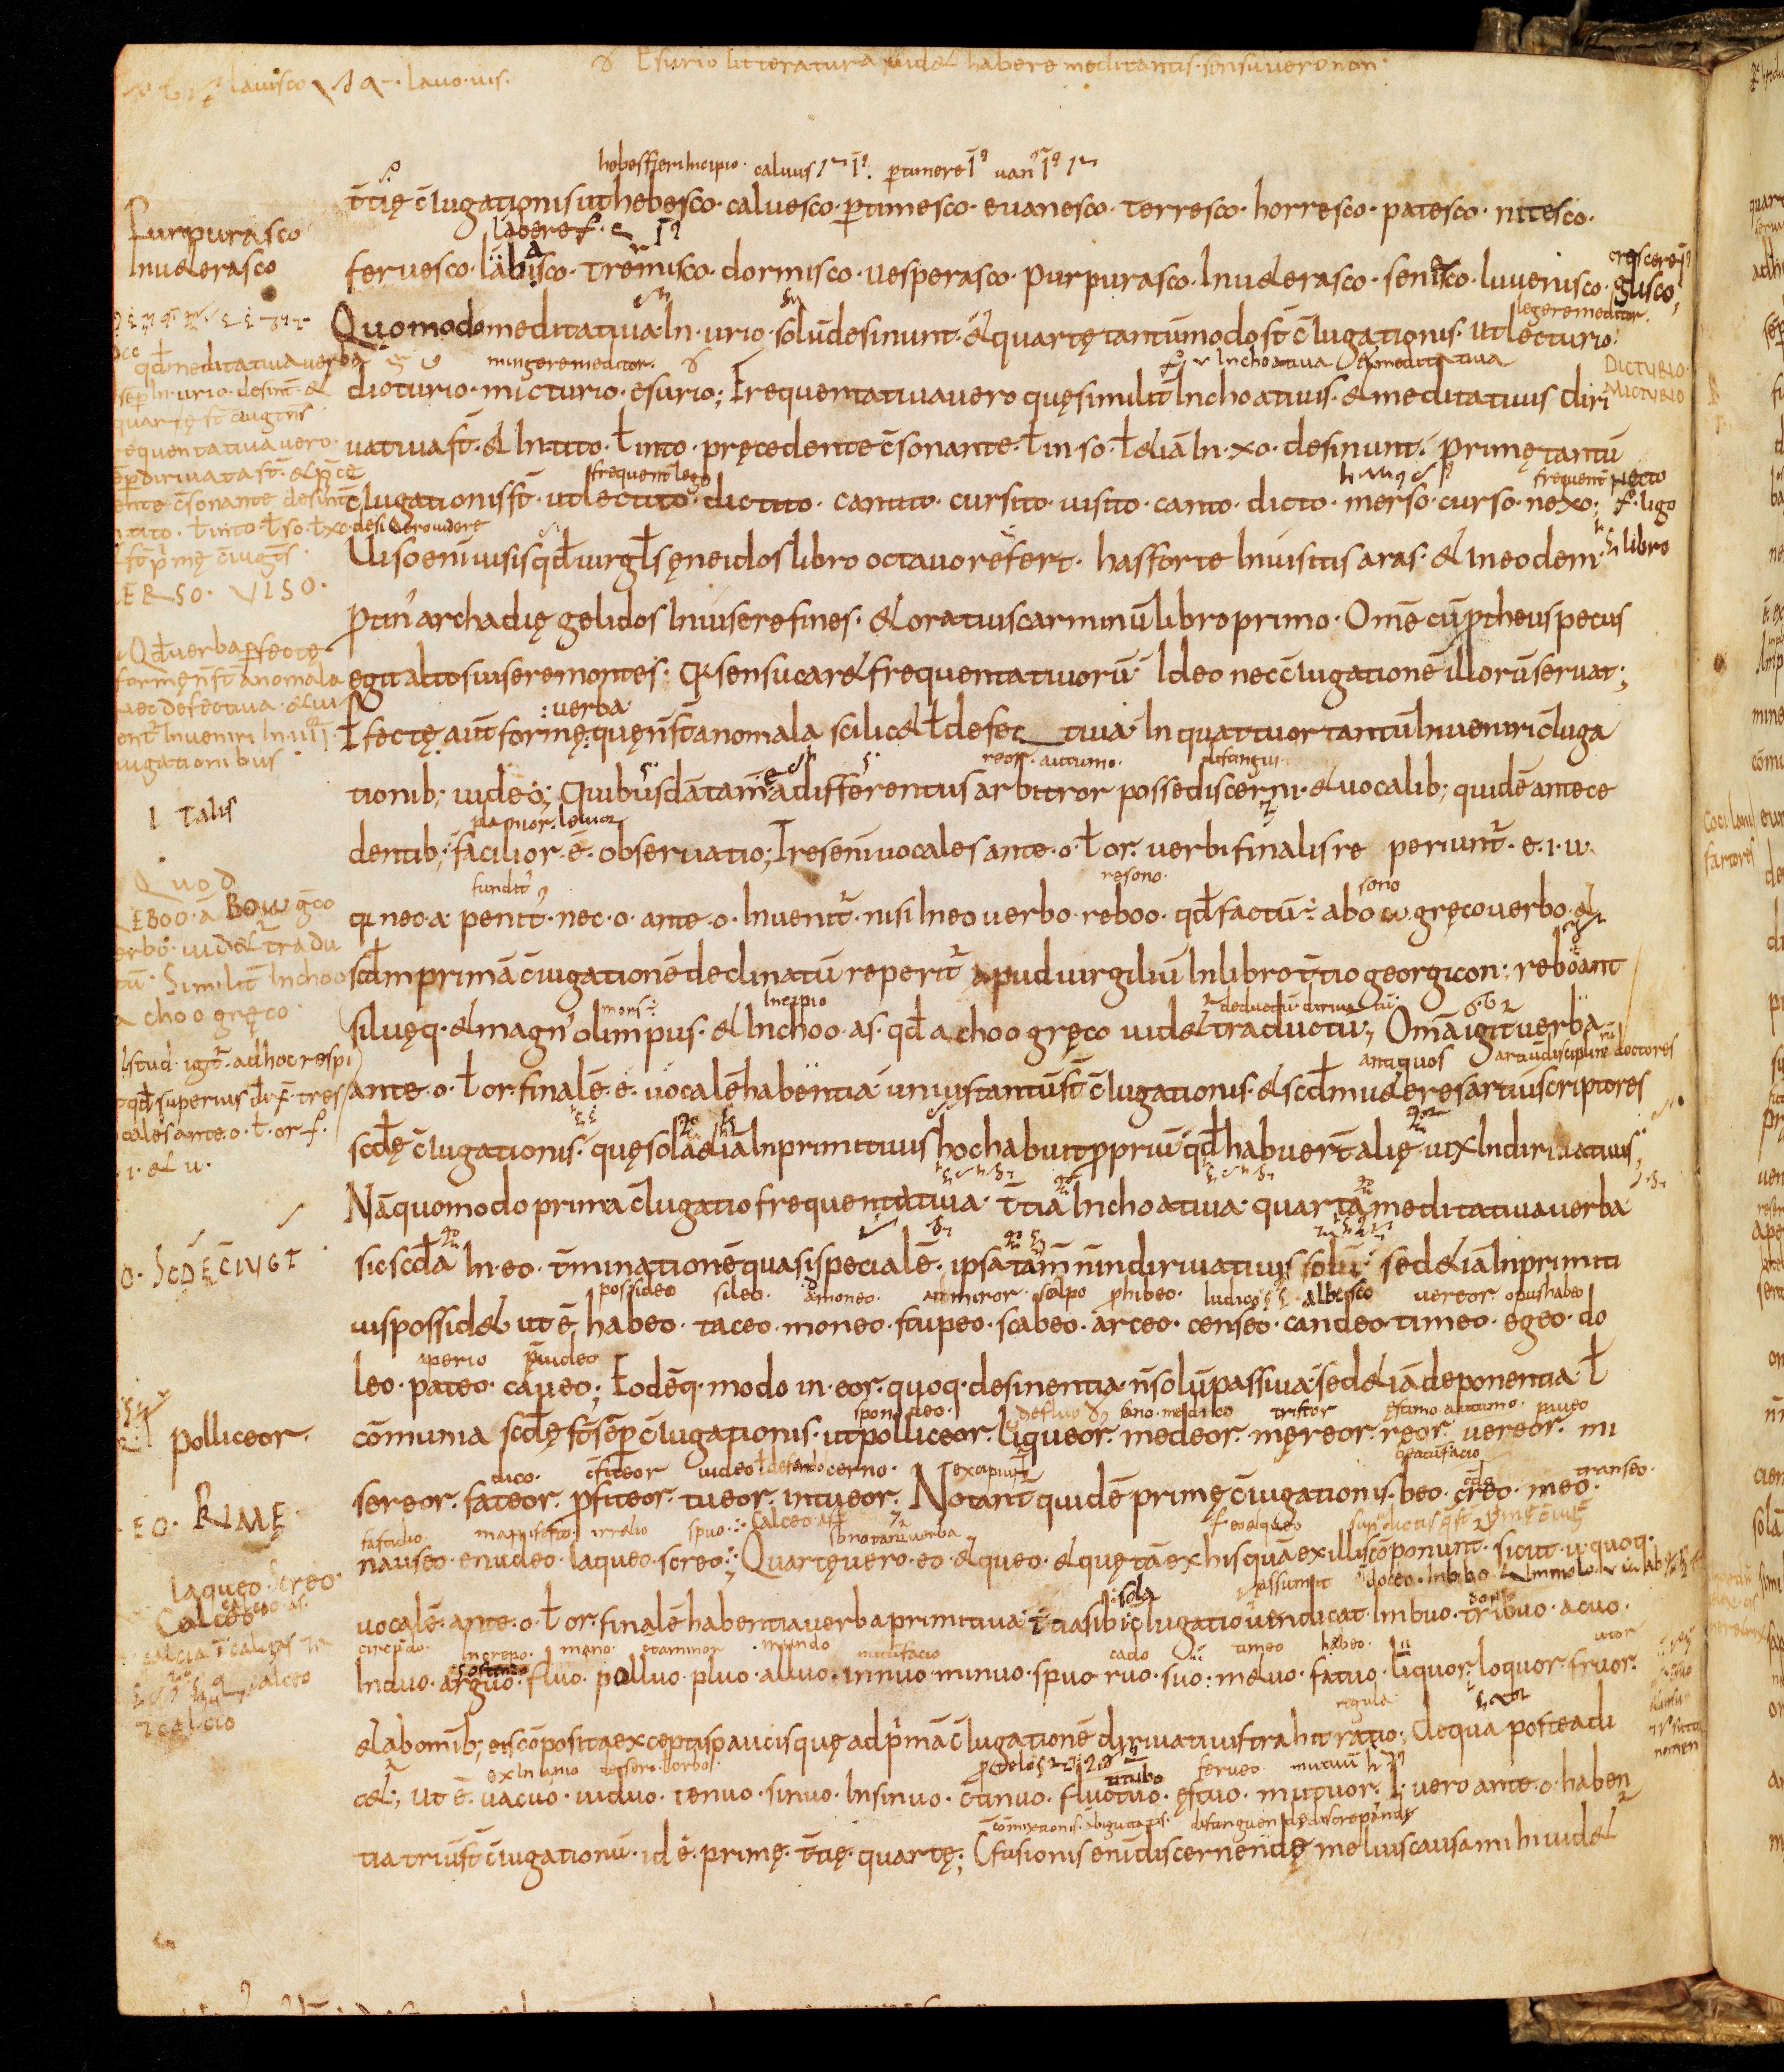
Shelfmark: Bamberg, Staatsbibliothek, MS Class. 30
Century: 9